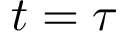
t = \tau